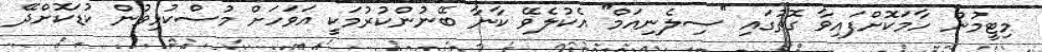
މިޓީމުން ހާމަކޮށްފައިވާ ގޮތުގައި ''ސިލެނިއަމް'' އެކުލެވޭ ކާނާ ބޭނުންކުރުމަކީ އަވަހަށް މުސްކުޅިވުން ކުޑަކޮށްދޭ